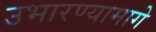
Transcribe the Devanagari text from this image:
उभारण्यामागे